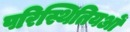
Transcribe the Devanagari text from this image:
परिस्थितियओं